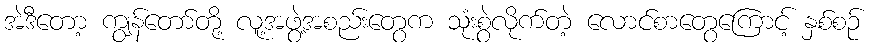
အဲဒီတော့ ကျွန်တော်တို့ လူ့အဖွဲ့အစည်းတွေက သုံးစွဲလိုက်တဲ့ လောင်စာတွေကြောင့် နှစ်စဉ်